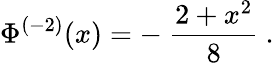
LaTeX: \Phi^{(-2)}(x)=-\ \frac{2+x^{2}}{8}\ .